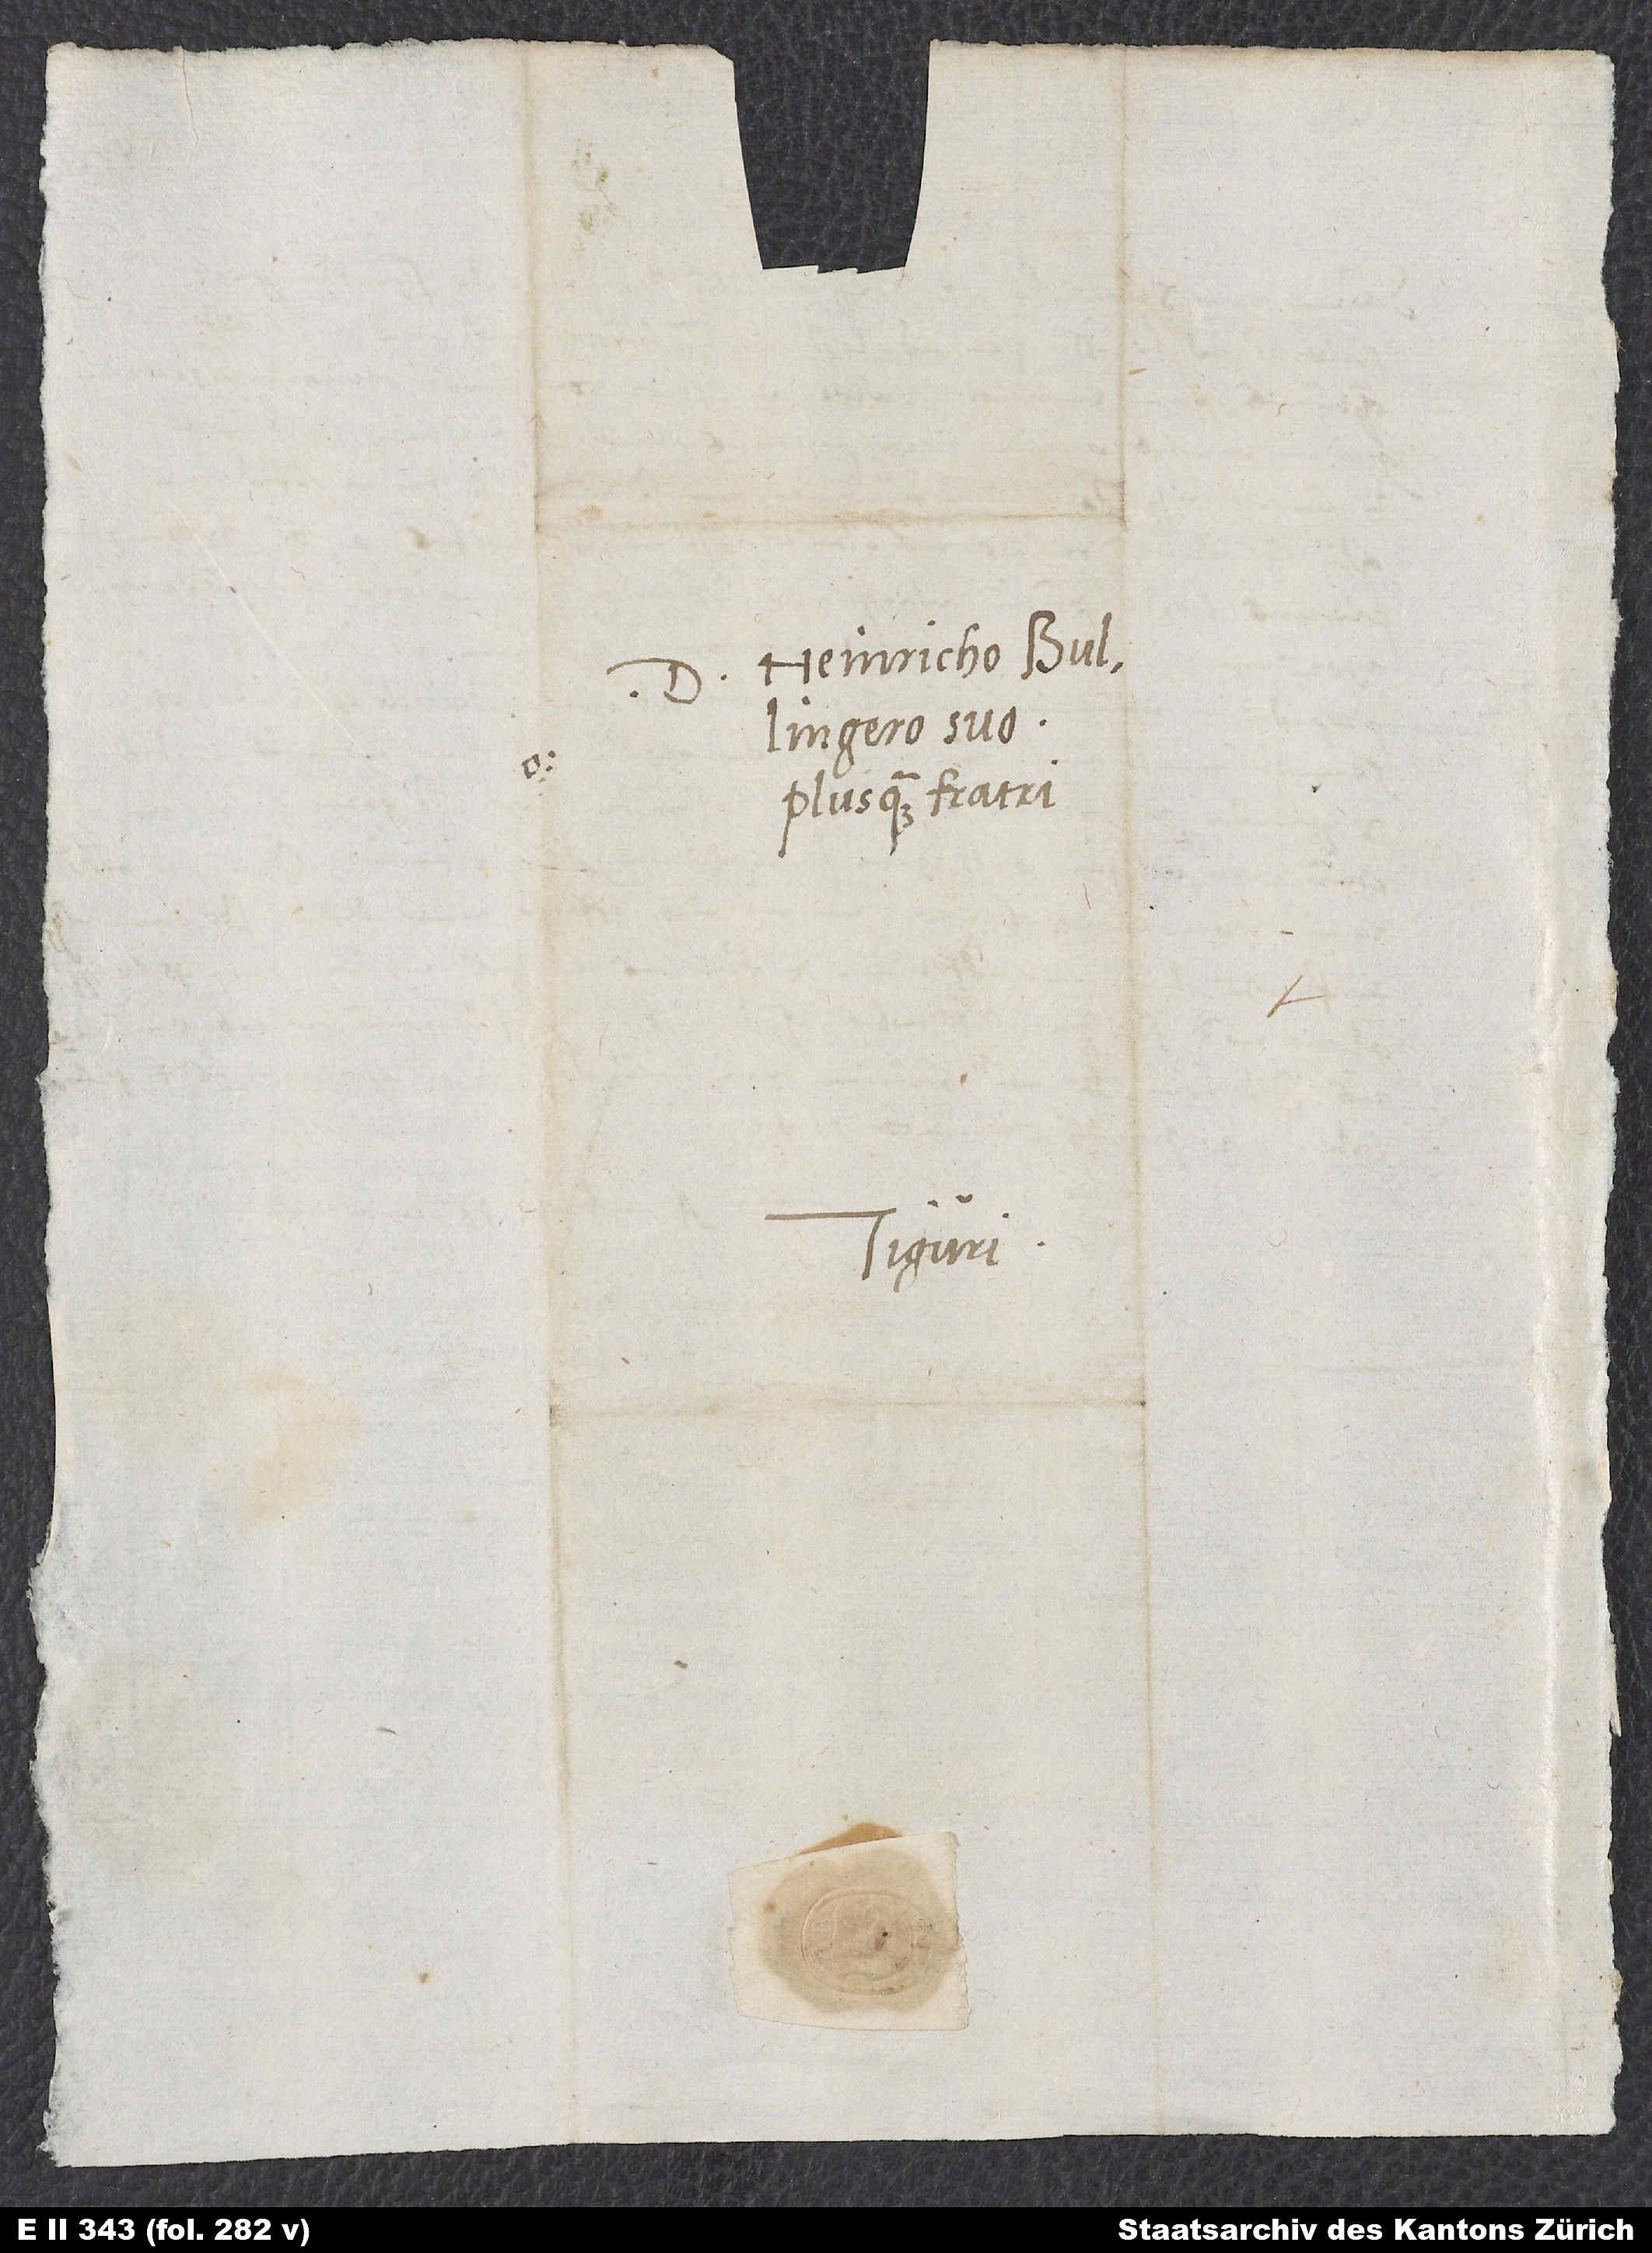
Heinricho Bullingero
plusquam fratri.
Tiguri.